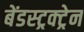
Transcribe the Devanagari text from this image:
बेंडस्ट्रक्ट्रेन